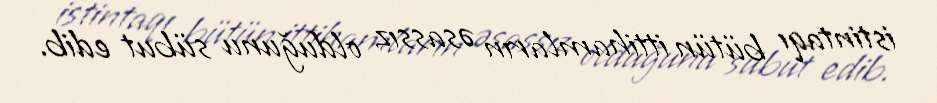
istintaqı bütün ittihamların əsassız olduğunu sübut edib.